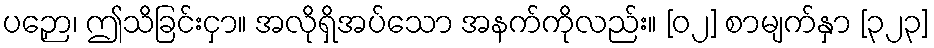
ပဉှော၊ ဤသိခြင်းငှာ။ အလိုရှိအပ်သော အနက်ကိုလည်း။ [၀၂] စာမျက်နှာ [၃၂၃]